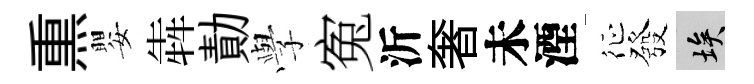
𤋱嬰犇勣𫝯寃沂奢未湮征發埃